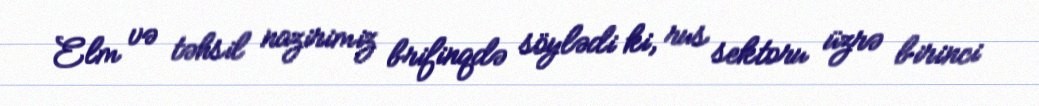
Elm və təhsil nazirimiz brifinqdə söylədi ki, rus sektoru üzrə birinci